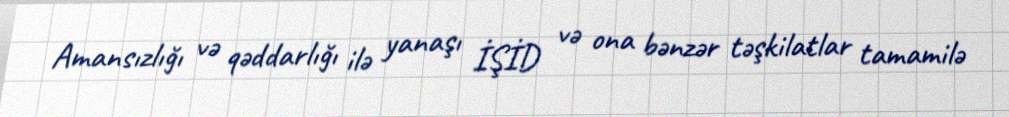
Amansızlığı və qəddarlığı ilə yanaşı İŞİD və ona bənzər təşkilatlar tamamilə